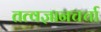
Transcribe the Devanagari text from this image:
तत्वज्ञानचर्चा